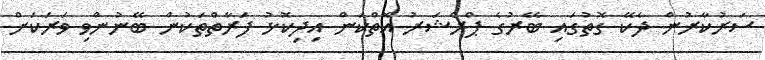
ސަރުކާރުން ދެކޭ ގޮތުގައި ބޭރުގެ ޕްރެޝަރު އޮތްކަން އިދިކޮޅު ފަރާތްތަކުން ބޭނުންވި ވަރަކަށް